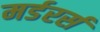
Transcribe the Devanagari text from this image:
मर्डरर्स